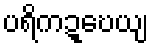
ပရိကဍ္ဎေယျ